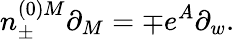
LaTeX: n_{\pm}^{(0)M}\partial_{M}=\mp e^{A}\partial_{w}.